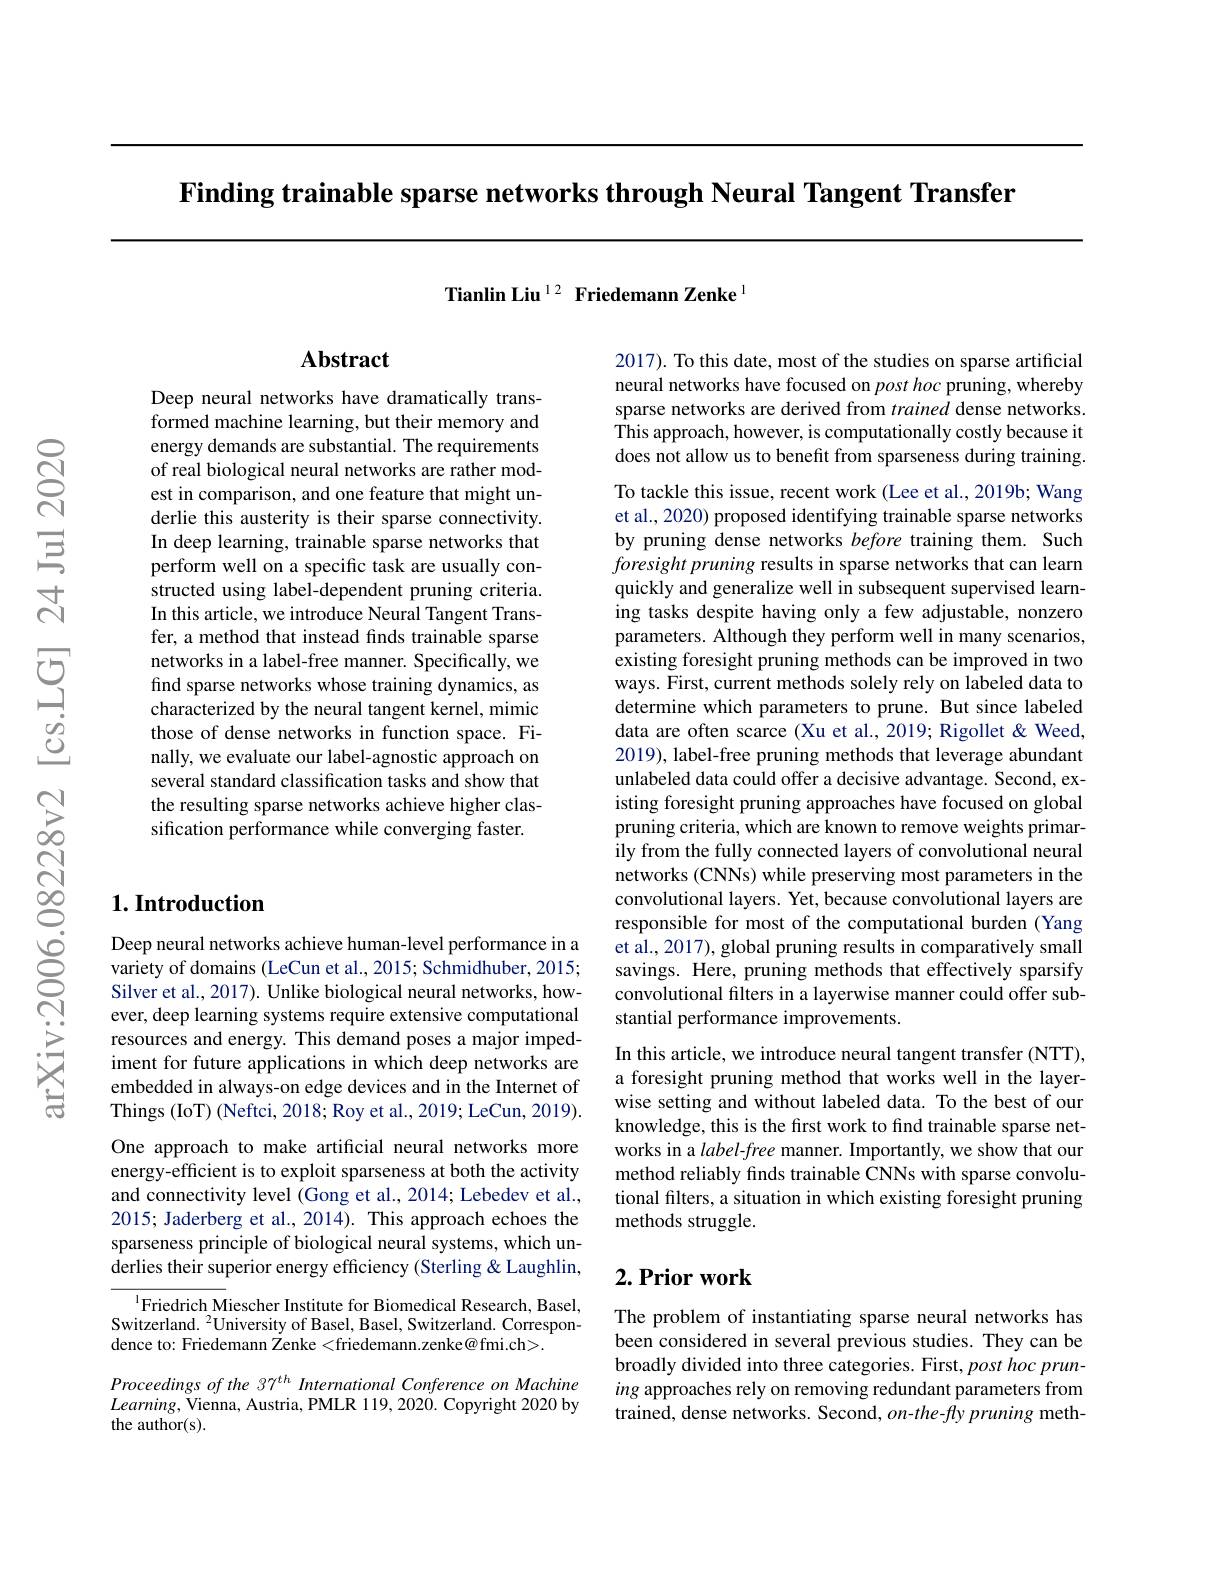
$\textbf{Finding trainable sparse networks through Neural Tangent Transfer}$

Tianlin Liu $^{12}$ Friedemann Zenke$^{1}$

## $\mathbf{Abstract}$

Deep neural networks have dramatically transformed machine learning, but their memory and energy demands are substantial. The requirements of real biological neural networks are rather modest in comparison, and one feature that might underlie this austerity is their sparse connectivity. In deep learning, trainable sparse networks that perform well on a specific task are usually constructed using label-dependent pruning criteria. In this article, we introduce Neural Tangent Transfer, a method that instead finds trainable sparse networks in a label-free manner. Specifically, we find sparse networks whose training dynamics, as characterized by the neural tangent kernel, mimic those of dense networks in function space. Finally, we evaluate our label-agnostic approach on several standard classification tasks and show that the resulting sparse networks achieve higher classification performance while converging faster.

## $1. \textbf{Introduction}$

Deep neural networks achieve human-level performance in a variety of domains (LeCun et al., 2015; Schmidhuber, 2015; Silver et al., 2017). Unlike biological neural networks, however, deep learning systems require extensive computational resources and energy. This demand poses a major impediment for future applications in which deep networks are embedded in always-on edge devices and in the Internet of Things (IoT) (Neftci, 2018; Roy et al., 2019; LeCun, 2019). One approach to make artificial neural networks more energy-efficient is to exploit sparseness at both the activity and connectivity level (Gong et al., 2014; Lebedev et al., 2015; Jaderberg et al., 2014). This approach echoes the sparseness principle of biological neural systems, which underlies their superior energy efficiency (Sterling &Laughlin,

$^{1}$Friedrich Miescher Institute for Biomedical Research, Basel, Switzerland. $^2$University of Basel, Basel, Switzerland. Correspondence to: Friedemann Zenke <friedemann.zenke@fmi.ch>.

Proceedings of the 37$^{th}$ International Conference on Machine $Learning$,Vienna, Austria, PMLR 119, 2020. Copyright 2020 by the author(s).

2017). To this date, most of the studies on sparse artificial neural networks have focused on post hoc pruning, whereby sparse networks are derived from trained dense networks. This approach, however, is computationally costly because it does not allow us to benefit from sparseness during training.

To tackle this issue, recent work (Lee et al., 2019b; Wang et al., 2020) proposed identifying trainable sparse networks by pruning dense networks before training them. Such $foresight\textit{ pruning results in sparse networks that can learn}$ quickly and generalize well in subsequent supervised learning tasks despite having only a few adjustable, nonzero parameters. Although they perform well in many scenarios, existing foresight pruning methods can be improved in two ways. First, current methods solely rely on labeled data to determine which parameters to prune. But since labeled data are often scarce (Xu et al., 2019; Rigollet &Weed, 2019), label-free pruning methods that leverage abundant unlabeled data could offer a decisive advantage. Second, existing foresight pruning approaches have focused on global pruning criteria, which are known to remove weights primarily from the fully connected layers of convolutional neural networks (CNNs) while preserving most parameters in the convolutional layers. Yet, because convolutional layers are responsible for most of the computational burden (Yang et al., 2017), global pruning results in comparatively small savings. Here, pruning methods that effectively sparsify convolutional filters in a layerwise manner could offer substantial performance improvements.
In this article, we introduce neural tangent transfer (NTT), a foresight pruning method that works well in the layerwise setting and without labeled data. To the best of our knowledge, this is the first work to find trainable sparse networks in a label-free manner. Importantly, we show that our method reliably finds trainable CNNs with sparse convolutional filters, a situation in which existing foresight pruning methods struggle.

# $2. \textbf{Prior work}$

The problem of instantiating sparse neural networks has been considered in several previous studies. They can be broadly divided into three categories. First, post hoc pruning approaches rely on removing redundant parameters from trained, dense networks. Second, $on-the-f$y pruning meth-